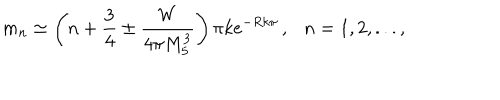
LaTeX: m _ { n } \simeq \left( n + \frac { 3 } { 4 } \pm \frac { W } { 4 \pi M _ { 5 } ^ { 3 } } \right) \pi k e ^ { - R k \pi } \, , \ \ \ n = 1 , 2 , . . . ,